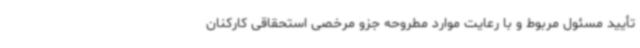
تأیید مسئول مربوط و با رعایت موارد مطروحه جزو مرخصی استحقاقی کارکنان